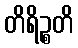
တိရိဉ္စတိ